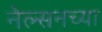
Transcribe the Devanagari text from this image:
नेल्सनच्या